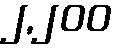
၂,၂၀၀